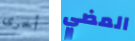
أخرى المضي